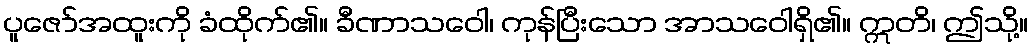
ပူဇော်အထူးကို ခံထိုက်၏။ ခီဏာသဝေါ၊ ကုန်ပြီးသော အာသဝေါရှိ၏။ ဣတိ၊ ဤသို့။